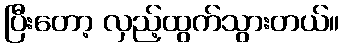
ပြီးတော့ လှည့်ထွက်သွားတယ်။